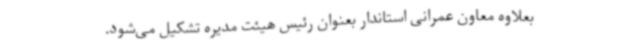
بعلاوه معاون عمرانی استاندار بعنوان رئیس هیئت مدیره تشکیل می‌شود.